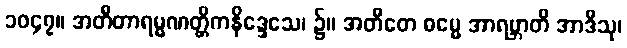
၁၀၄၇။ အတီတာရမ္မဏတ္တိကနိဒ္ဒေသေ၊ ၌။ အတီတေ ဓမ္မေ အာရဗ္ဘာတိ အာဒီသု၊